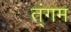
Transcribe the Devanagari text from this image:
त्ंगम